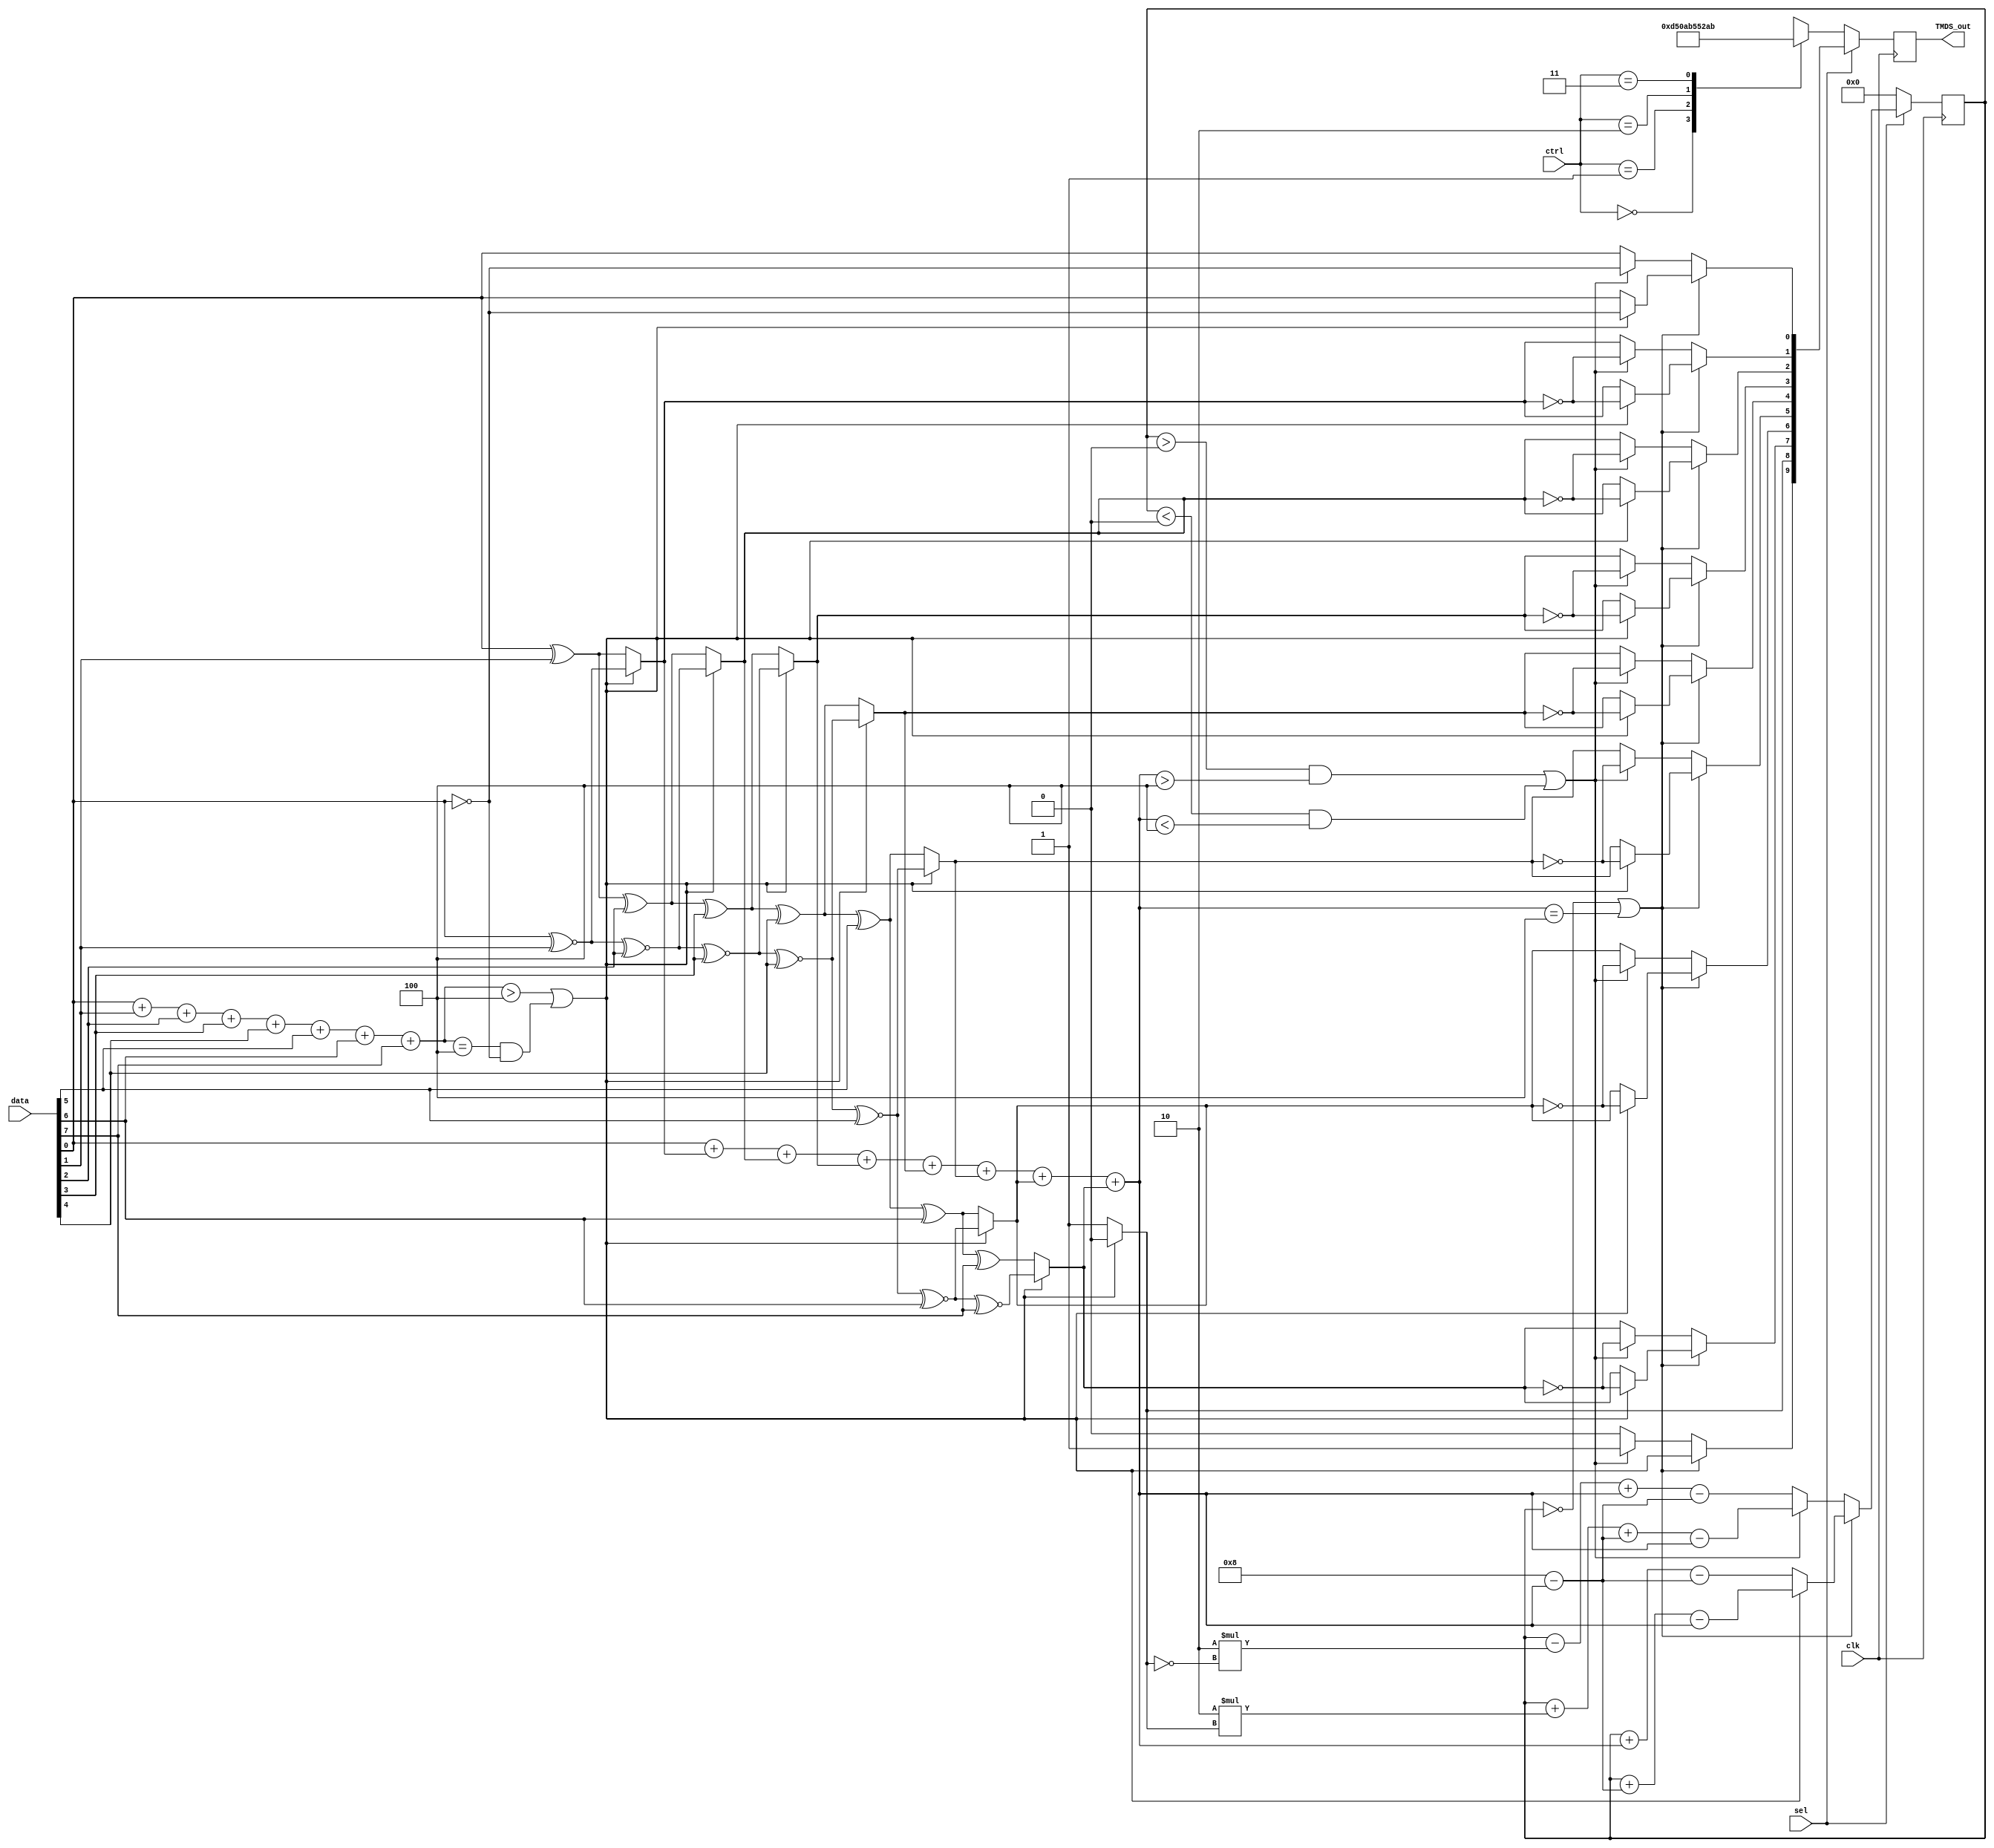
`timescale 1ns / 1ps

module tmds_encoder(
	input clk,
	input [7:0] data,  
	input [1:0] ctrl,
	input sel,  
	output reg [9:0] TMDS_out = 0
);
	
	wire[3:0] nr8_1, nr9_1;
	reg [8:0] data9=0;
	reg [9:0] data10=0,code=10'b1101010100;
	reg [3:0] i=0,j=0;
	reg signed [4:0] cnt = 0, new_cnt = 0;
    
	assign nr8_1 = data[0] + data[1] + data[2] + data[3] + data[4] + data[5] + data[6] + data[7];
	assign nr9_1 = data9[0] + data9[1] + data9[2] + data9[3] + data9[4] + data9[5] + data9[6] + data9[7];
	
	always@(*) begin
		//first stage encoding
		data9[0] = data[0];
		if((nr8_1 > 4) || ((nr8_1 == 4) && (~data[0]))) begin
			for(i=1; i<8; i=i+1) begin
				data9[i] = data9[i-1] ~^ data[i];
			end
			data9[8] = 0;
		end 
		else begin
			for(i=1; i<8; i=i+1) begin
				data9[i] = data9[i-1] ^ data[i];
			end
			data9[8] = 1;
		end
		
		//second stage encoding
		if(cnt==0 || nr9_1 == 4) begin
			data10[8] = data9[8];
			data10[9] = ~data9[8];
			for(j=0; j<8; j=j+1) begin
				data10[j] = (data9[8]) ? data9[j] : ~data9[j];
			end
			if(data9[8]==0) begin
				new_cnt = cnt + (8 - nr9_1) - nr9_1;
			end 
			else begin
				new_cnt = cnt + nr9_1 - (8 - nr9_1);
			end
		end
		else begin
			if ((cnt > 0 && nr9_1 > 4) || (cnt < 0 && nr9_1 < 4)) begin
				data10[8] = data9[8];
				data10[9] = 1;
				for(j=0; j<8; j=j+1) begin
					data10[j] = ~data9[j];
				end
				new_cnt = cnt + 2*data9[8] + (8 - nr9_1) - nr9_1;
			end
			else begin
				data10[8] = data9[8];
				data10[9] = 0;
				for(j=0; j<8; j=j+1) begin
					data10[j] = data9[j];
				end
				new_cnt = cnt - 2*(~data9[8]) + nr9_1 - (8 - nr9_1);
			end
		end
		
		//control code
		case(ctrl)
			2'b00: code = 10'b1101010100;
			2'b01: code = 10'b0010101011;
			2'b10: code = 10'b0101010100;
			2'b11: code = 10'b1010101011;
		endcase
	end
	
	always@(posedge clk) begin
		if(sel) begin
			TMDS_out <= data10;
			cnt <= new_cnt;
		end
		else begin
			TMDS_out <= code;
			cnt <= 0;
		end
	end
	
	
	
endmodule